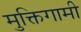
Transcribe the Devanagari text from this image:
मुक्तिगामी